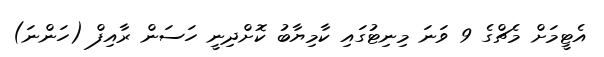
އެޓީމަށް މެޗްގެ 9 ވަނަ މިނިޓުގައި ކާމިޔާބު ކޮށްދިނީ ހަސަން ރާއިފް (ހަންނަ)